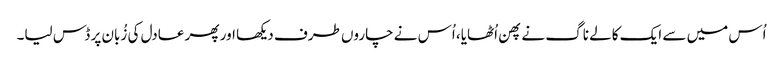
اُس میں سے ایک کالے ناگ نے پھن اُٹھایا، اُس نے چاروں طرف دیکھا اور پھر عادل کی زُبان پر ڈس لیا۔